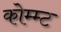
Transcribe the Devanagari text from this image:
कोम्म्ट